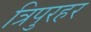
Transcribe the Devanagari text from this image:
त्रिपुरहर